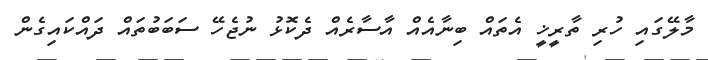
މާލޭގައި ހުރި ތާރީޚީ އެތައް ބިނާއެއް އާސާރެއް ދެކޮޅު ނުޖެހޭ ސަބަބުތައް ދައްކައިގެން